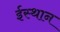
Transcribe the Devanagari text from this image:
ईस्थान